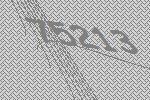
75213